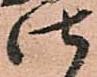
仕